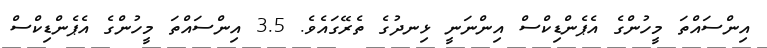
އިންސައްތަ މީހުންގެ އެޕެންޑިކްސް އިންނަނީ ޅިނދުގެ ތެރޭގައެވެ. 3.5 އިންސައްތަ މީހުންގެ އެޕެންޑިކްސް